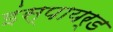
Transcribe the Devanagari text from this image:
इंस्पायर्ड